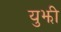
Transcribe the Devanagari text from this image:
युझी